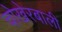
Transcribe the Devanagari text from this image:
चोखेरबाली